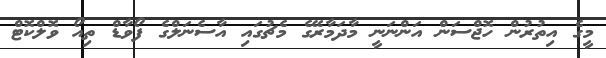
މީގެ އިތުރުން ހޮޖްސަން އަންނަނީ މާދަމާރޭގެ މެޗުގައި އާސެނަލްގެ ފޯވާޑް ތިއޯ ވޮލްކޮޓް